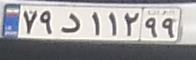
۷۹د۱۱۲۹۹